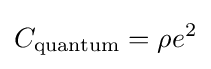
C_{\text{quantum}}=\rho e^{2}